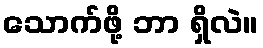
သောက်ဖို့ ဘာ ရှိလဲ။